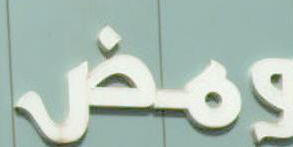
ومض